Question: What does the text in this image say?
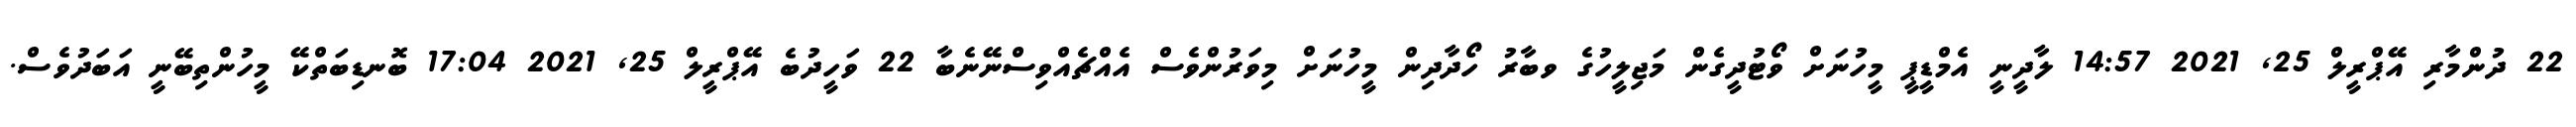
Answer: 22 ދުންމާރި އޭޕްރީލް 25, 2021 14:57 ލާދީނީ އެމްޑީޕީ މީހުނަށް ވޯޓުދީގެން މަޖިލީހުގެ ވބާރު ހޯދާދިން މީހުނަށް މިވަރުންވެސް އެއްޗެއްވިސްނޭނެބާ 22 ވަހީދުބެ އޭޕްރީލް 25, 2021 17:04 ބޮނޑިބަތްކޭ މީހުންތިބޭނީ އަބަދުވެސް.